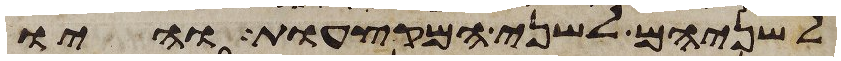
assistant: לשניהם לשני המקצעות והיו